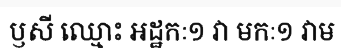
ឫសី ឈ្មោះ អដ្ឋកៈ១ វា មកៈ១ វាម